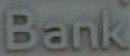
Bank